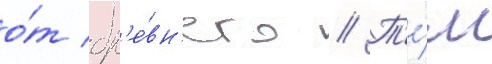
о́т др'е́вн'его // Т'е́м